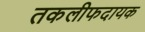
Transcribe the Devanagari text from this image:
तकलीफदायक